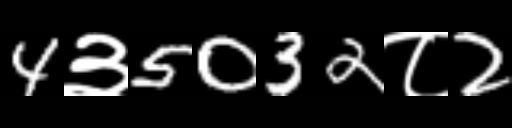
Text: 4३5032८2